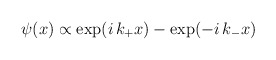
\begin{align*}\psi(x)\propto \exp(i\,k_+x)-\exp(-i\,k_-x)\end{align*}